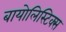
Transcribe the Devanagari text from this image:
बायोलिस्टिक्स